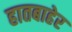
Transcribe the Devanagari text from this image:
हातबाहेर